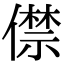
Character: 僸